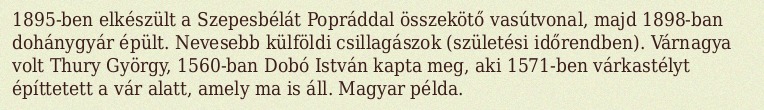
1895-ben elkészült a Szepesbélát Popráddal összekötő vasútvonal, majd 1898-ban dohánygyár épült. Nevesebb külföldi csillagászok (születési időrendben). Várnagya volt Thury György, 1560-ban Dobó István kapta meg, aki 1571-ben várkastélyt építtetett a vár alatt, amely ma is áll. Magyar példa.